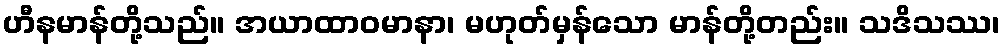
ဟီနမာန်တို့သည်။ အယာထာဝမာနာ၊ မဟုတ်မှန်သော မာန်တို့တည်း။ သဒိသဿ၊